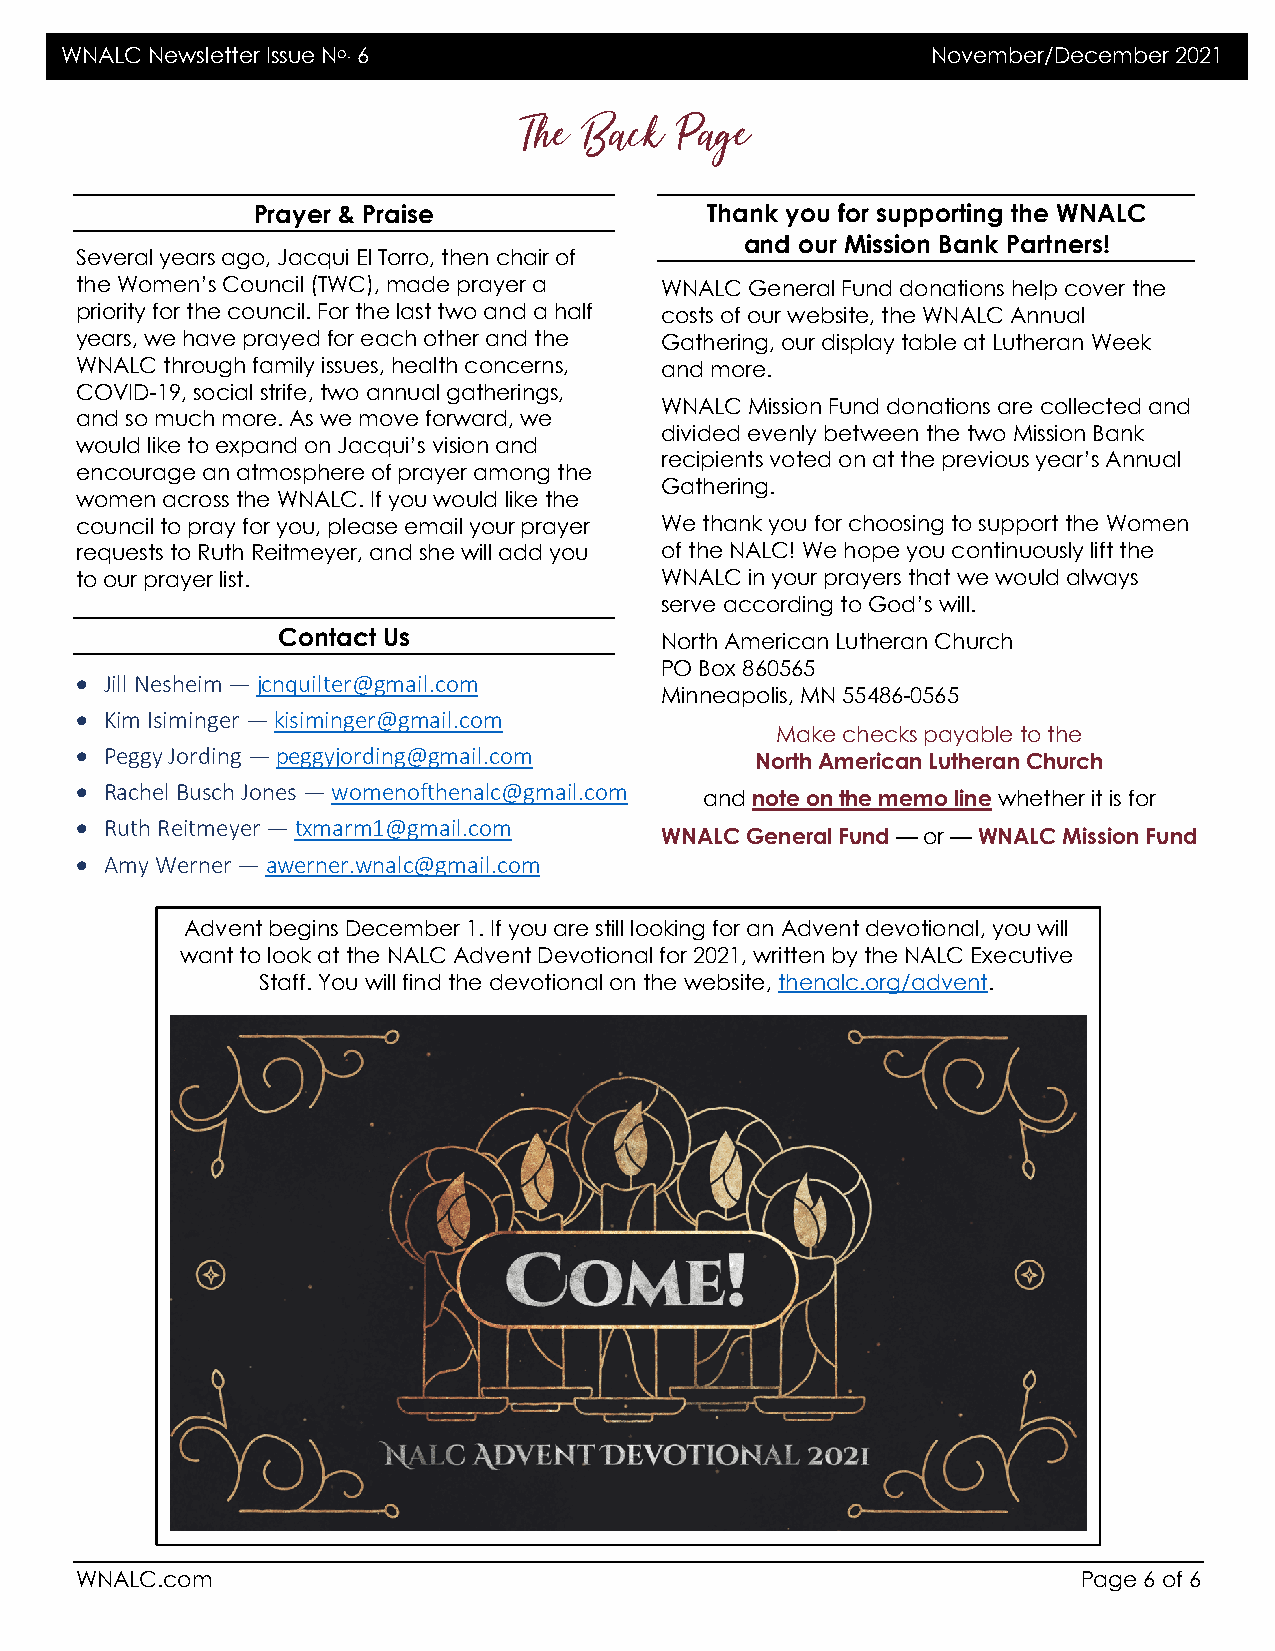
WNALC Newsletter Issue No. 6                              November/December 2021
 The Back  Page
 Prayer & Praise               Thank you for supporting the WNALC
 and our Mission Bank Partners!
 Several years ago, Jacqui El Torro, then chair of
 the Women’s Council (TWC), made prayer a WNALC General Fund donations help cover the
 priority for the council. For the last two and a half costs of our website, the WNALC Annual
 years, we have prayed for each other and the Gathering, our display table at Lutheran Week
 WNALC through family issues, health concerns, and more.
 COVID-19, social strife, two annual gatherings,
 WNALC Mission Fund donations are collected and
 and so much more. As we move forward, we
 divided evenly between the two Mission Bank
 would like to expand on Jacqui’s vision and
 recipients voted on at the previous year’s Annual
 encourage an atmosphere of prayer among the
 Gathering.
 women across the WNALC. If you would like the
 council to pray for you, please email your prayer We thank you for choosing to support the Women
 requests to Ruth Reitmeyer, and she will add you of the NALC! We hope you continuously lift the
 to our prayer list.                    WNALC in your prayers that we would always
 serve according to God’s will.
 Contact Us                North American Lutheran Church
 PO Box 860565
 • Jill Nesheim — jcnquilter@gmail.com
 Minneapolis, MN 55486-0565
 • Kim Isiminger — kisiminger@gmail.com
 Make checks payable to the
 • Peggy Jording — peggyjording@gmail.com     North American Lutheran Church
 • Rachel Busch Jones — womenofthenalc@gmail.com
 and note on the memo line whether it is for
 • Ruth Reitmeyer — txmarm1@gmail.com
 WNALC General Fund — or — WNALC Mission Fund
 • Amy Werner — awerner.wnalc@gmail.com
 Advent begins December 1. If you are still looking for an Advent devotional, you will
 want to look at the NALC Advent Devotional for 2021, written by the NALC Executive
 Staff. You will find the devotional on the website, thenalc.org/advent.
 WNALC.com                                                          Page 6 of 6